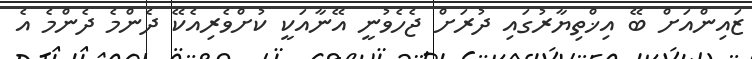
ޒައިންއަށް ބޭ އިޚްތިޔާރުގައި ދުރަށް ޖެހެވުނީ އޭނާއަކީ ކުށްވެރިއެކޭ ދެންމެ ދެންމެ އެ